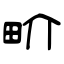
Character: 畍